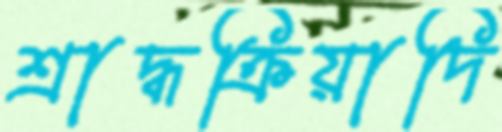
শ্রাদ্ধক্রিয়াদি